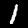
Digit: 1